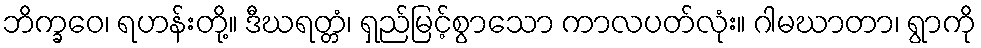
ဘိက္ခဝေ၊ ရဟန်းတို့။ ဒီဃရတ္တံ၊ ရှည်မြင့်စွာသော ကာလပတ်လုံး။ ဂါမဃာတာ၊ ရွာကို